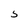
Character: 5